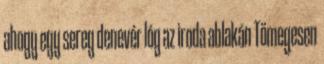
ahogy egy sereg denevér lóg az iroda ablakán Tömegesen